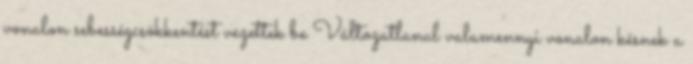
vonalon sebességcsökkentést vezettek be Változatlanul valamennyi vonalon késnek a